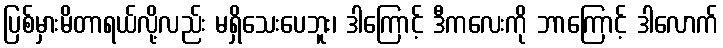
ပြစ်မှားမိတာရယ်လို့လည်း မရှိသေးပေဘူး၊ ဒါကြောင့် ဒီကလေးကို ဘာကြောင့် ဒါလောက်